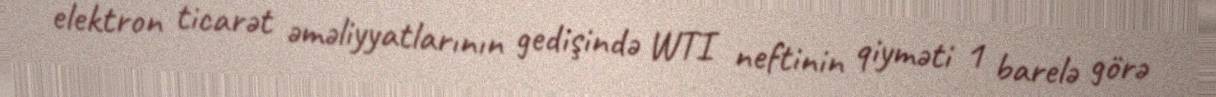
elektron ticarət əməliyyatlarının gedişində WTI neftinin qiyməti 1 barelə görə